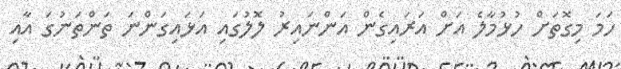
ހަމަ މިގޮތަށް ހުޅުމާލެ އަށް އަރައިގެން އަންނައިރު ލޮލުގައި އަޅައިގަންނަ ތަންތަނުގަ އާއި